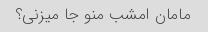
مامان امشب منو جا میزنی؟